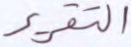
التقرير